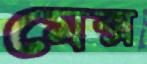
মেক্স